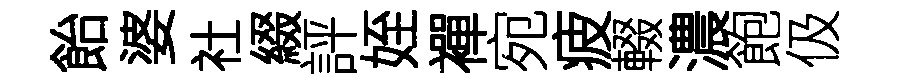
飴婆社綴評姪襌宛疲輟濃飽伋